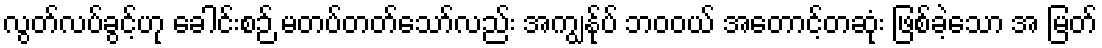
လွတ်လပ်ခွင့်ဟု ခေါင်းစဉ် မတပ်တတ်သော်လည်း အကျွန်ုပ် ဘဝဝယ် အတောင့်တဆုံး ဖြစ်ခဲ့သော အ မြတ်